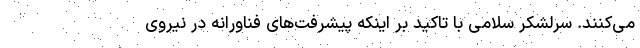
می‌کنند. سرلشکر سلامی با تاکید بر اینکه پیشرفت‌های فناورانه در نیروی